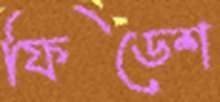
ফিডেশ